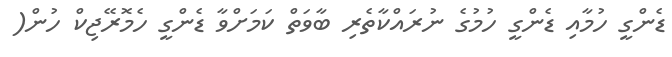
ޑެންގީ ހުމާއި ޑެންގީ ހުމުގެ ނުރައްކާތެރި ބާވަތް ކަމަށްވާ ޑެންގީ ހެމޮރޭޖިކް ހުން(